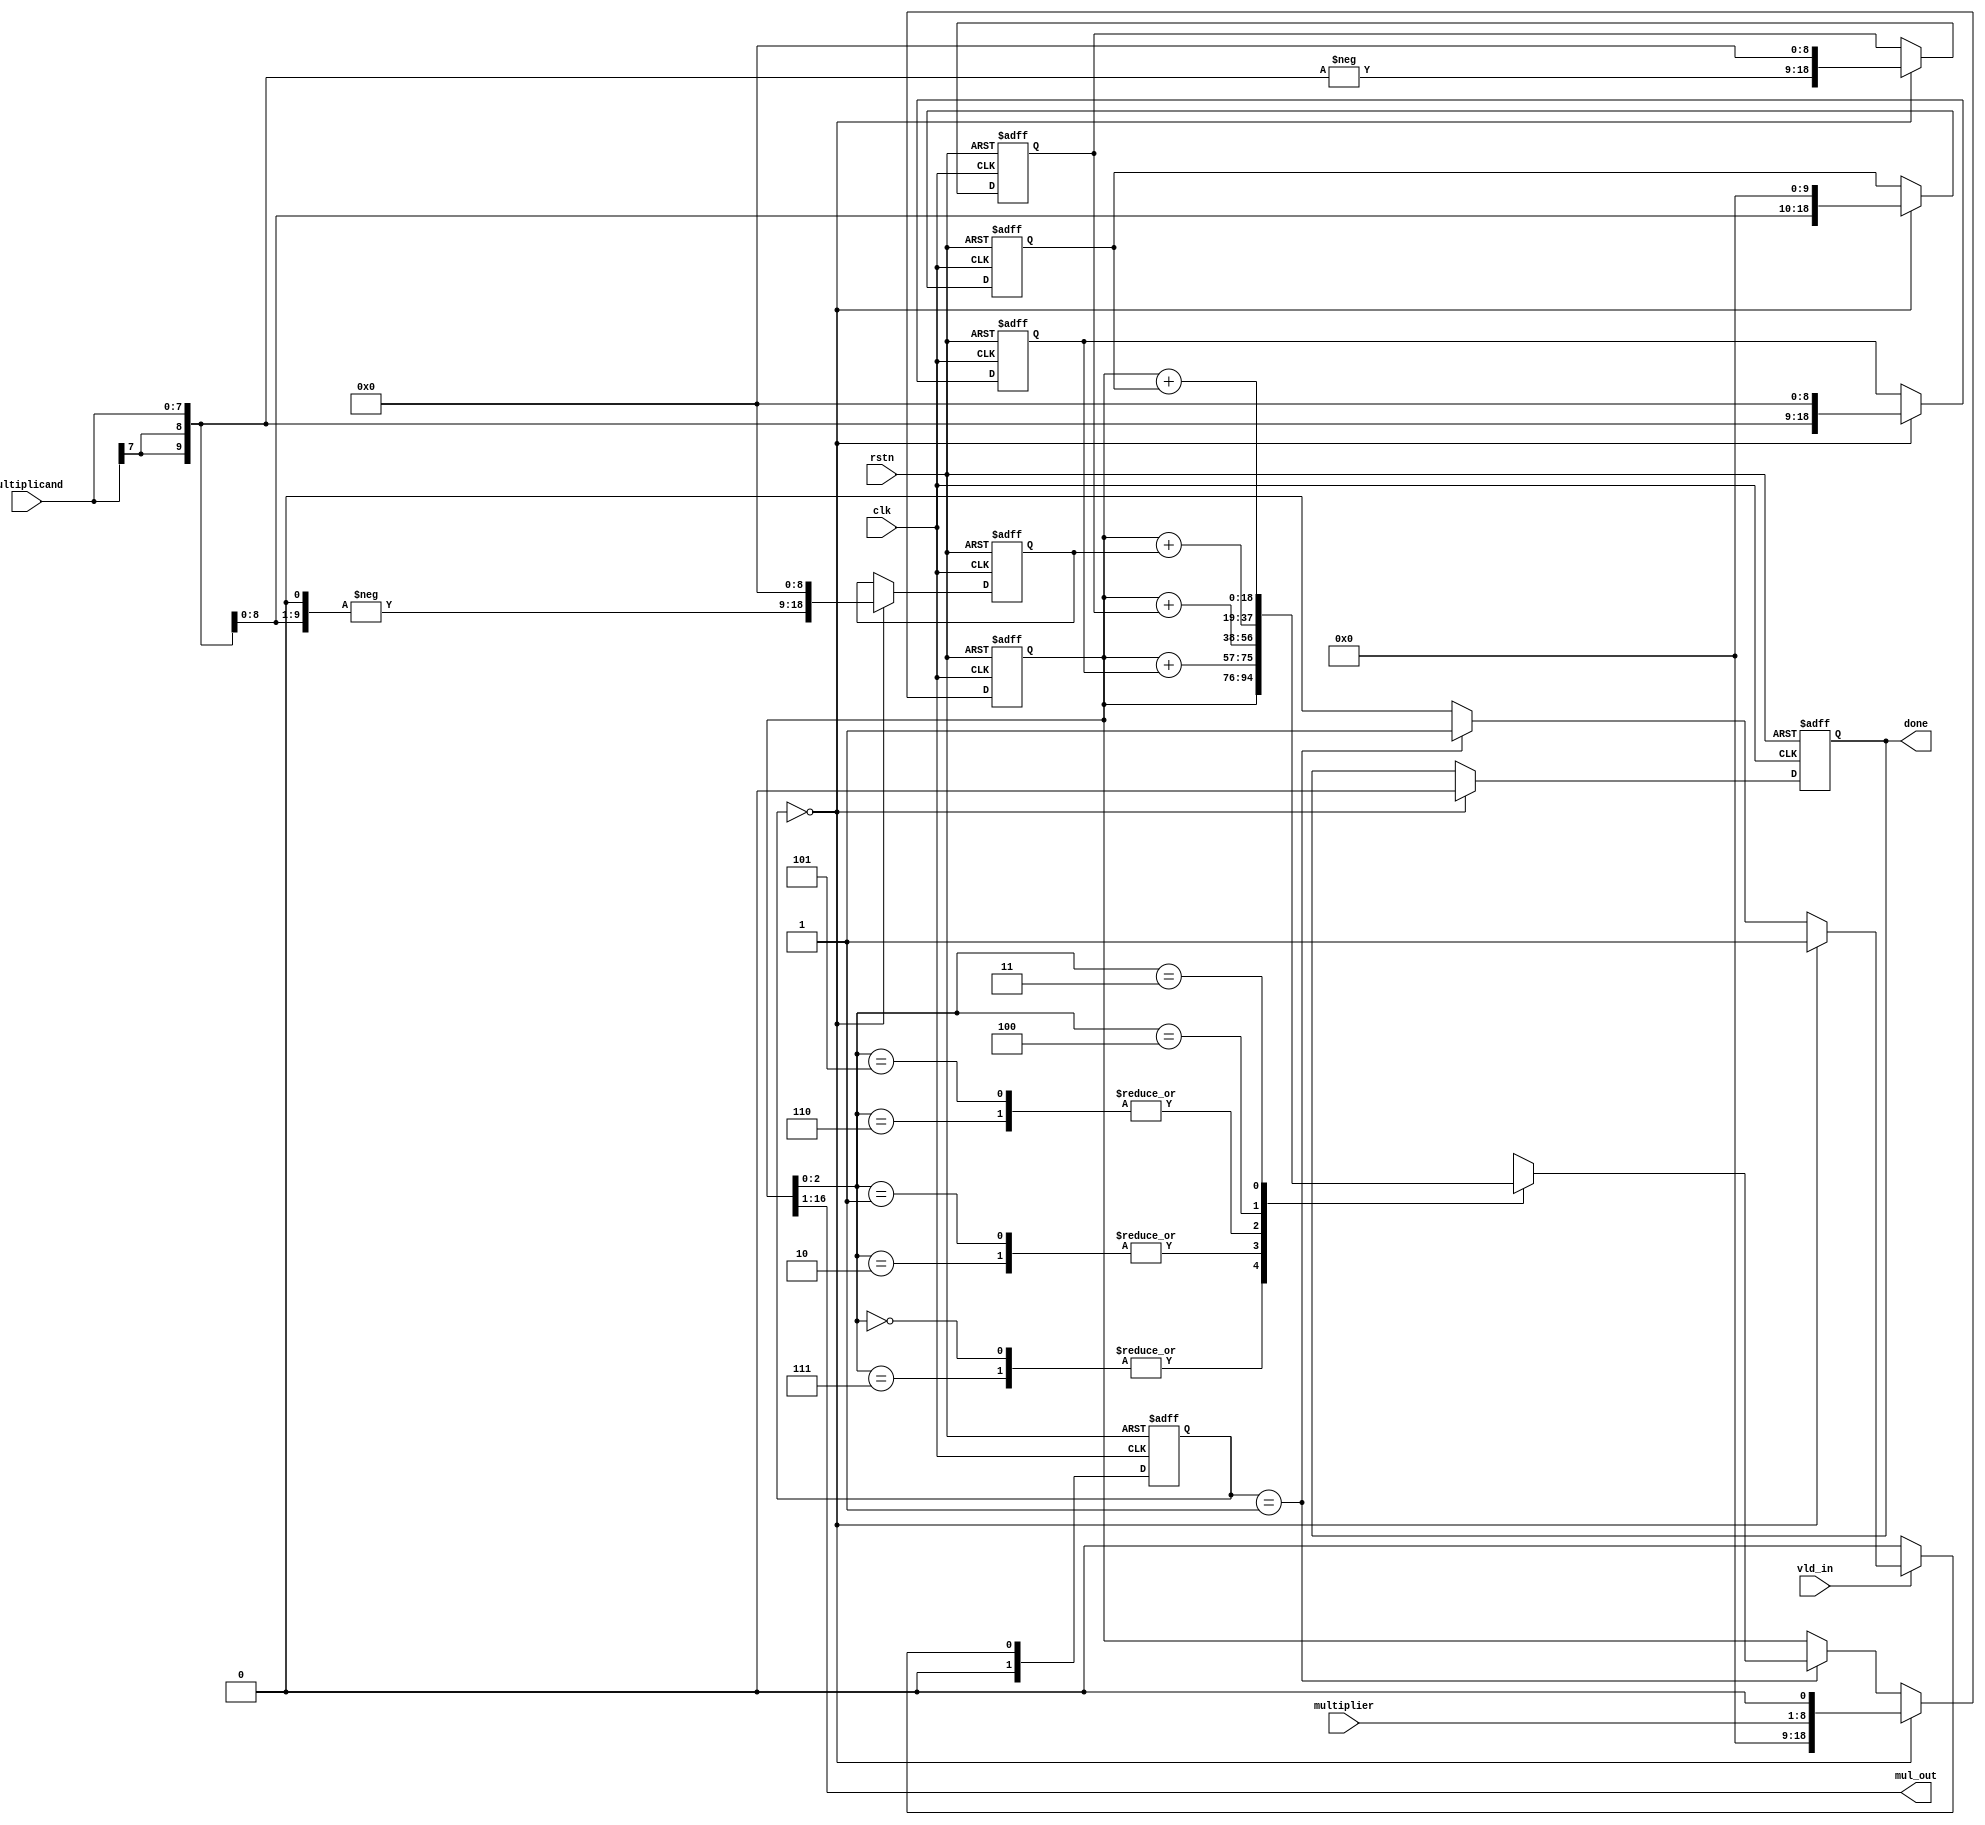
`timescale 1ns / 1ps

module booth4_mul #(
    parameter WIDTH_M = 8,
    parameter WIDTH_R = 8
) (
    input                            clk,
    input                            rstn,
    input                            vld_in,
    input      [        WIDTH_M-1:0] multiplicand,
    input      [        WIDTH_R-1:0] multiplier,
    output     [WIDTH_M+WIDTH_R-1:0] mul_out,
    output reg                       done
);
    reg IDLE = 2'b00, ADD = 2'b01, SHIFT = 2'b11, OUTPUT = 2'b10;

    reg [1:0] current_state, next_state;

    reg [WIDTH_M+WIDTH_R+2:0] add1;
    reg [WIDTH_M+WIDTH_R+2:0] sub1;
    reg [WIDTH_M+WIDTH_R+2:0] add_x2;
    reg [WIDTH_M+WIDTH_R+2:0] sub_x2;
    reg [WIDTH_M+WIDTH_R+2:0] p_dct;
    reg [        WIDTH_R-1:0] count;

    always @(posedge clk or negedge rstn)
        if (!rstn) current_state <= IDLE;
        else if (!vld_in) current_state <= IDLE;
        else current_state <= next_state;

    always @* begin
        next_state = 2'bx;
        case (current_state)
            IDLE:    if (vld_in) next_state = ADD;
	 else next_state = IDLE;
            ADD:     next_state = SHIFT;
            SHIFT:   if (count == WIDTH_R / 2) next_state = OUTPUT;
 else next_state = ADD;
            OUTPUT:  next_state = IDLE;
            default: next_state = IDLE;
        endcase
    end

    always @(posedge clk or negedge rstn) begin
        if (!rstn) begin
            {add1, sub1, add_x2, sub_x2, p_dct, count, done} <= 0;
        end else begin
            case (current_state)
                IDLE: begin
                    add1   <= {{2{multiplicand[WIDTH_R-1]}}, multiplicand, {WIDTH_R + 1{1'b0}}};
                    sub1   <= {-{{2{multiplicand[WIDTH_R-1]}}, multiplicand}, {WIDTH_R + 1{1'b0}}};
                    add_x2 <= {{multiplicand[WIDTH_M-1], multiplicand, 1'b0}, {WIDTH_R + 1{1'b0}}};
                    sub_x2 <= {-{multiplicand[WIDTH_M-1], multiplicand, 1'b0}, {WIDTH_R + 1{1'b0}}};
                    p_dct  <= {{WIDTH_M + 1{1'b0}}, multiplier, 1'b0};
                    count  <= 0;
                    done   <= 0;
                end
                ADD: begin
                    case (p_dct[2:0])
                        3'b000, 3'b111: p_dct <= p_dct;
                        3'b001, 3'b010: p_dct <= p_dct + add1;
                        3'b101, 3'b110: p_dct <= p_dct + sub1;
                        3'b100:         p_dct <= p_dct + sub_x2;
                        3'b011:         p_dct <= p_dct + add_x2;
                        default:        p_dct <= p_dct;
                    endcase
                    count <= count + 1;
                end
                SHIFT: p_dct <= {p_dct[WIDTH_M+WIDTH_R+2], p_dct[WIDTH_M+WIDTH_R+2], p_dct[WIDTH_M+WIDTH_R+2:2]};

                OUTPUT: begin
                    done <= 1;
                end
            endcase
        end
    end

    assign mul_out = p_dct[WIDTH_M+WIDTH_R:1];

endmodule